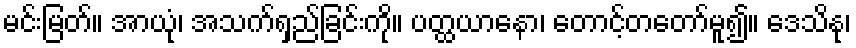
မင်းမြတ်။ အာယုံ၊ အသက်ရှည်ခြင်းကို။ ပတ္ထယာနော၊ တောင့်တတော်မူ၍။ ဒေသိနု၊